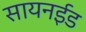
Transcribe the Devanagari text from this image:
सायनईड